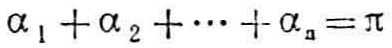
\(\alpha _{1}+\alpha _{2}+\cdots +\alpha _{n}=\pi\)